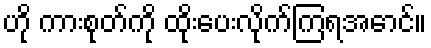
ဟို ကားစုတ်ကို ထိုးပေးလိုက်ကြရအောင်။